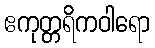
ဧကုတ္တရိကဝါရော